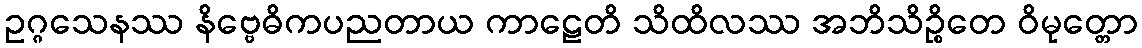
ဥဂ္ဂသေနဿ နိဗ္ဗေဓိကပညတာယ ကာဠေတိ သိထိလဿ အဘိသိဉ္စိတေ ဝိမုတ္တော